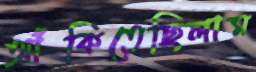
আঁকিতেছিলাম